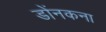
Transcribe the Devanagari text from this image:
डोंनकना